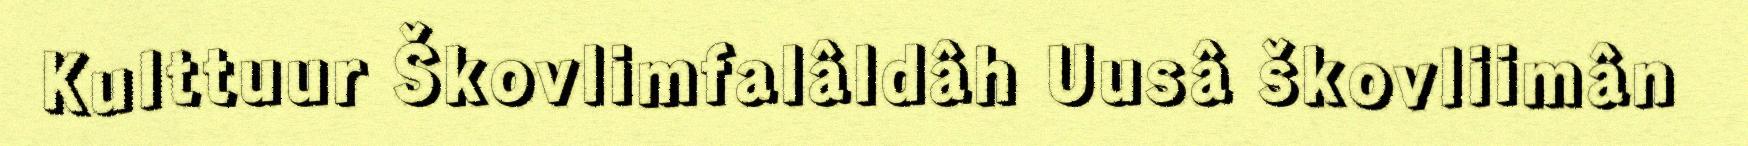
Kulttuur Škovlimfalâldâh Uusâ škovliimân